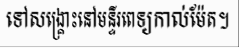
ទៅសង្គ្រោះនៅមន្ទីរពេទ្យកាល់ម៉ែត។